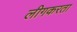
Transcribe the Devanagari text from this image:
लीगकरता